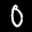
Label: 0